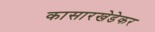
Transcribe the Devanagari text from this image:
कासारखेडेकर